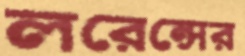
লরেন্সের